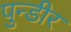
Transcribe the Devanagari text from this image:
पुन्डीर